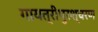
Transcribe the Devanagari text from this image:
गायत्रीपुरश्चरण